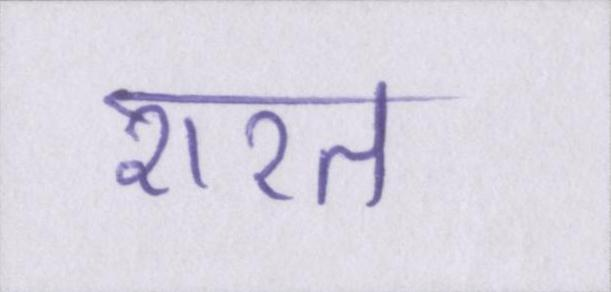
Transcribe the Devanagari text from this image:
शरत